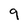
Character: 9